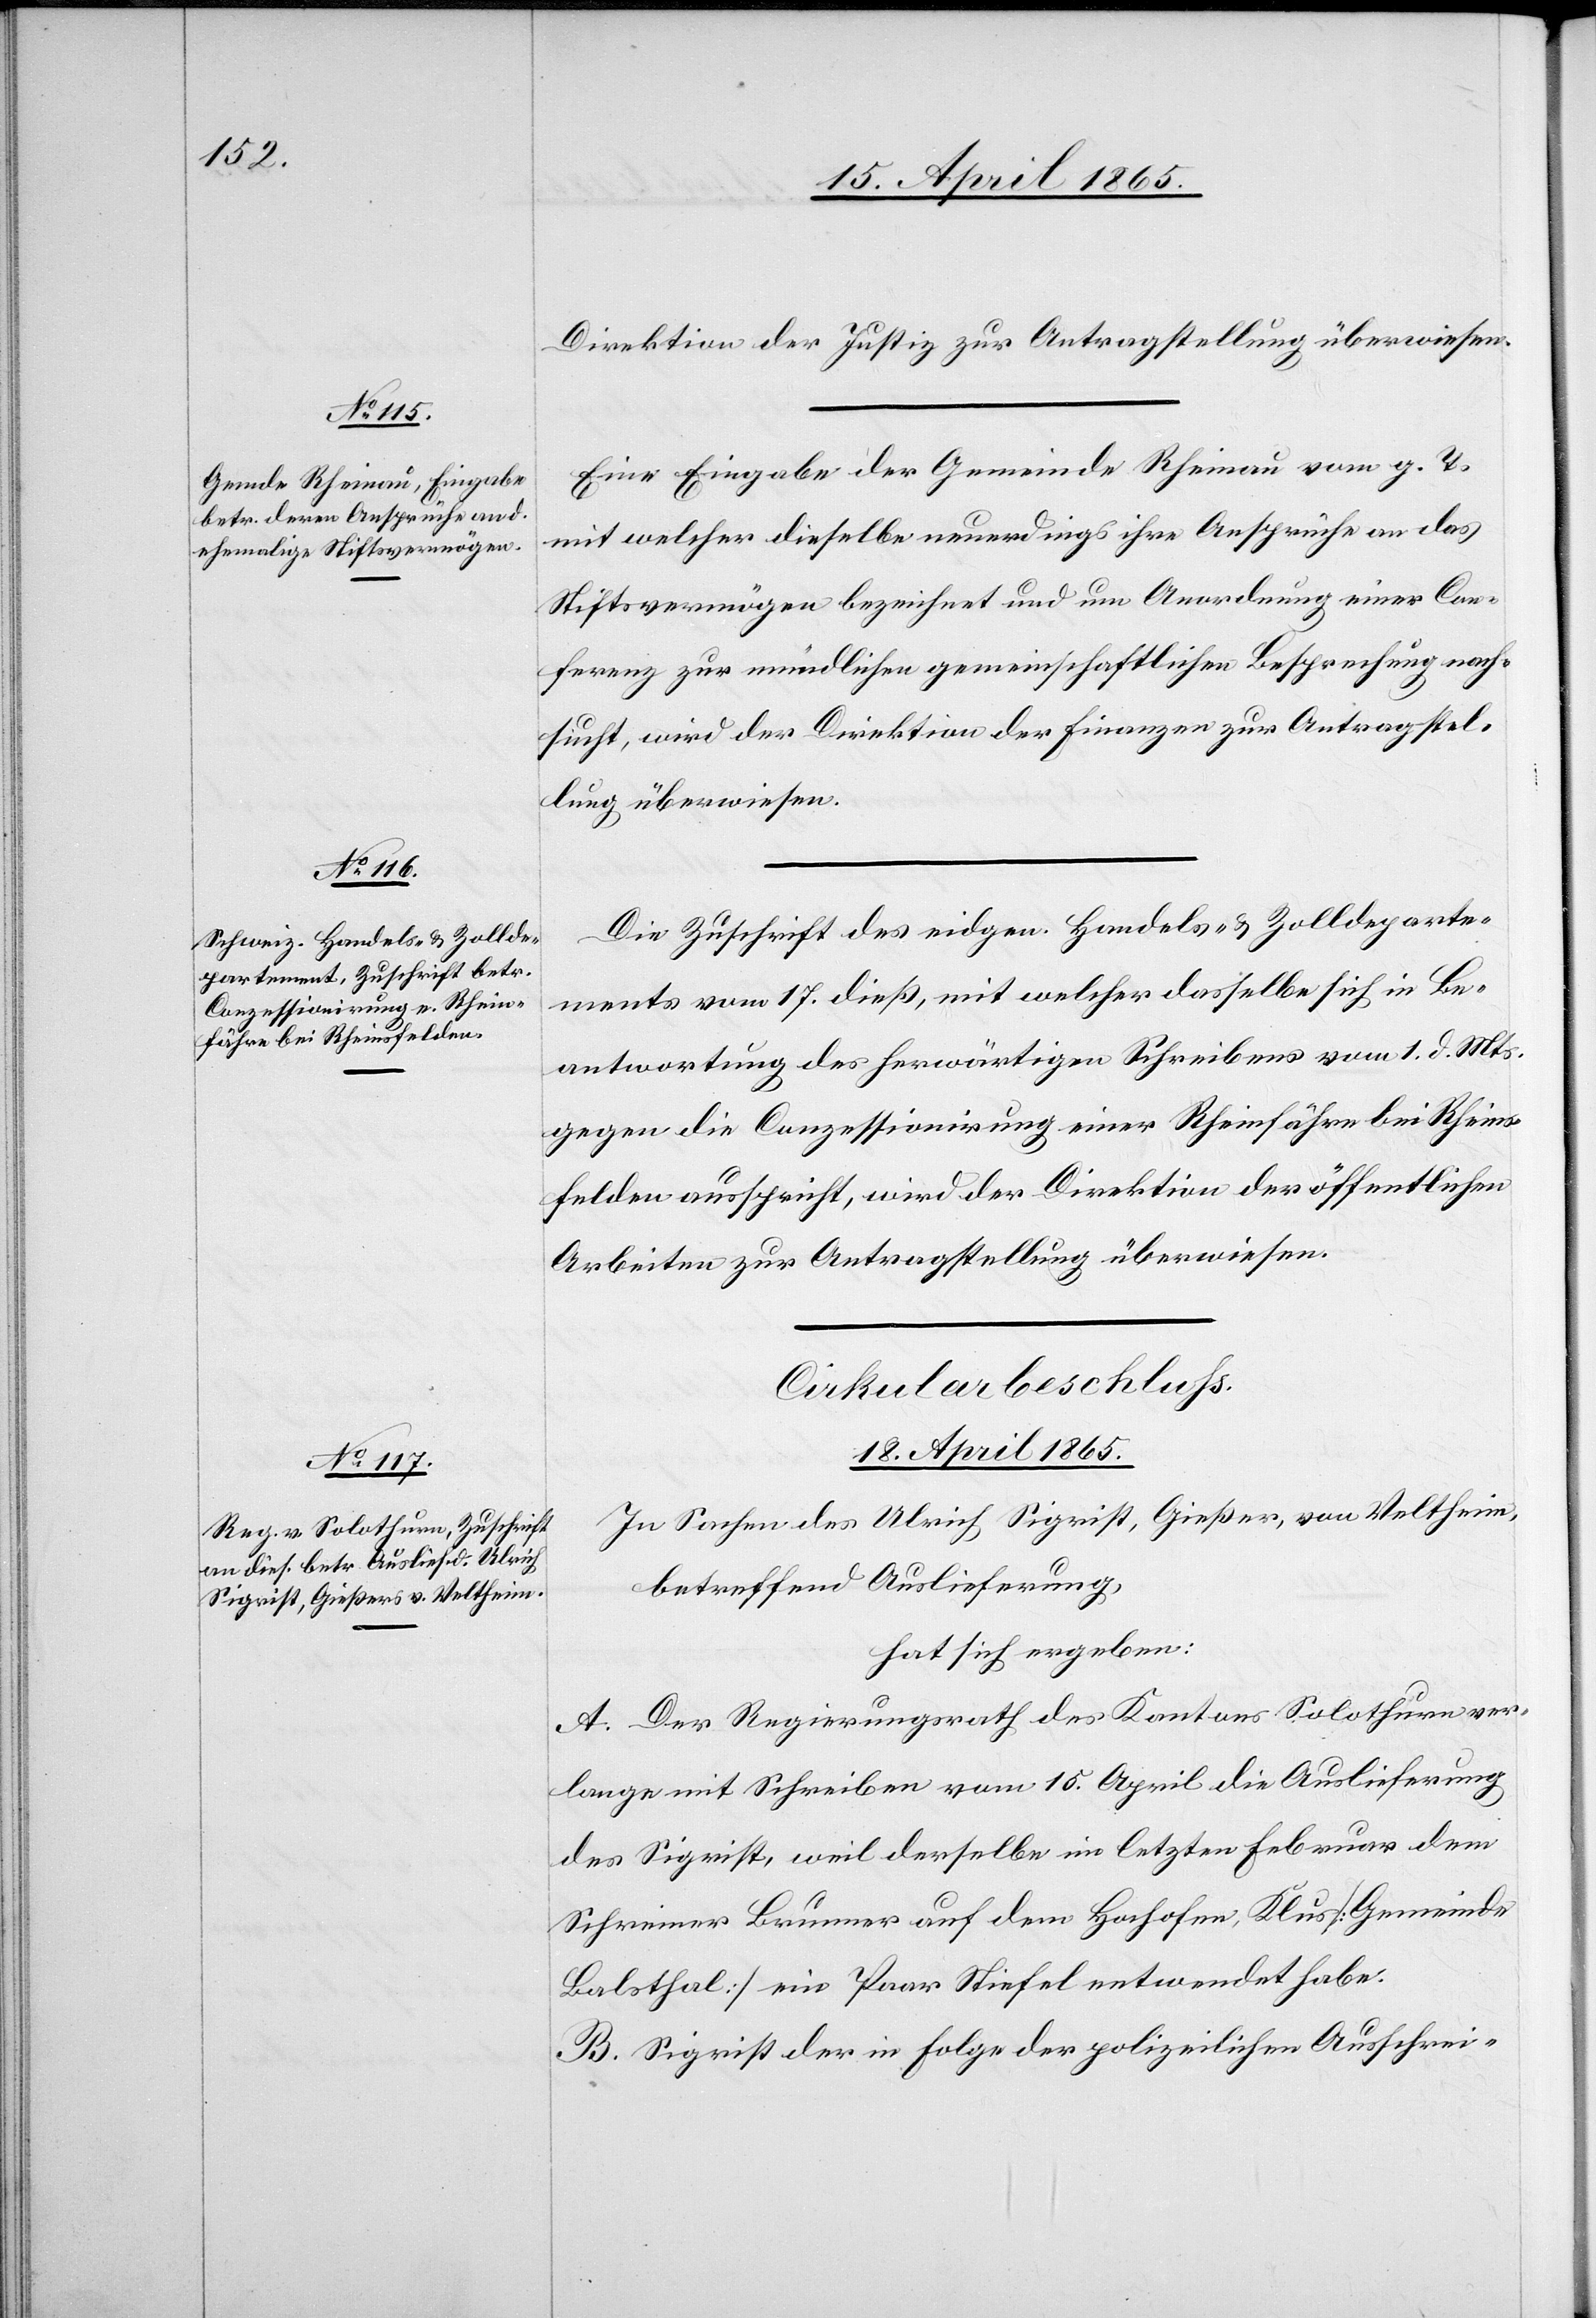
Direktion der Justiz zur Antragstellung überwiesen.
Eine Eingabe der Gemeinde Rheinau vom g. T.
mit welcher dieselbe neuerdings ihre Ansprüche an das
Stiftsvermögen bezeichnet und um Anordnung einer Con¬
ferenz zur mündlichen gemeinschaftlichen Besprechung nach¬
sucht, wird der Direktion der Finanzen zur Antragstel¬
lung überwiesen.
Die Zuschrift des eidgen. Handels- & Zolldeparte¬
ments vom 17. dieß, mit welcher dasselbe sich in Be¬
antwortung des herwärtigen Schreibens vom 1. d. Mts.
gegen die Conzessionirung einer Rheinfähre bei Rheins¬
felden ausspricht, wird der Direktion der öffentlichen
Arbeiten zur Antragstellung überwiesen.
Cirkularbeschluss.
[18. April 1865.]
In Sachen des Ulrich Sigrist, Gießer, von Veltheim,
betreffend Auslieferung,
hat sich ergeben:
A. Der Regierungsrath des Kantons Solothurn ver¬
lange mit Schreiben vom 15. April die Auslieferung
des Sigrist, weil derselbe im letzten Februar dem
Schreiner Brunner auf dem Hochofen, Klus [Gemeinde
Balsthal] ein Paar Stiefel entwendet habe.
B. Sigrist der in Folge der polizeilichen Ausschrei-